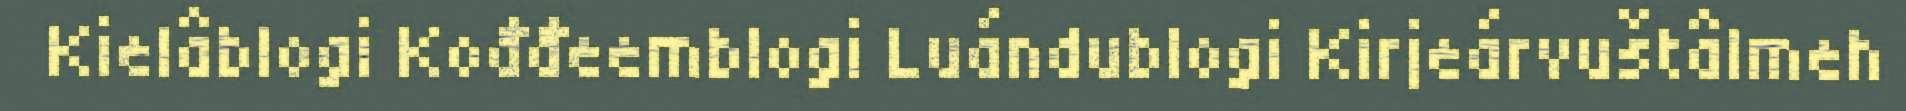
Kielâblogi Kođđeemblogi Luándublogi Kirjeárvuštâlmeh